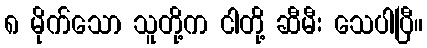
၈ မိုက်သော သူတို့က ငါတို့ ဆီမီး သေပါပြီ။